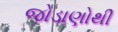
જોડાણોથી